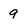
Character: 9